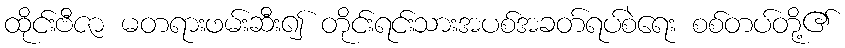
ထိုင်းဗီဇာ မတရားဖမ်းဆီး၍ တိုင်းရင်းသားအပစ်အခတ်ရပ်စဲရေး စစ်တပ်တို့၏